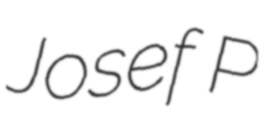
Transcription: Josef P